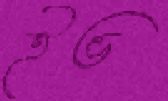
ইভ